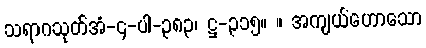
သရာဂသုတ်အံ-၄-ပါ-၃၈၃၊ ဋ္ဌ-၃၁၅။ ။ အကျယ်ဟောသော